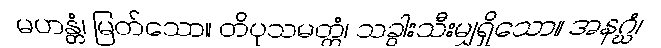
မဟန္တံ၊ မြတ်သော။ တိပုသမတ္တံ၊ သခွါးသီးမျှရှိသော။ အနဂ္ဃံ၊